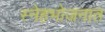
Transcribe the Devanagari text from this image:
स्नेहभोजनात